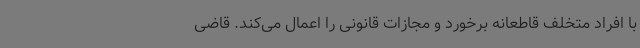
با افراد متخلف قاطعانه برخورد و مجازات قانونی را اعمال می‌کند. قاضی